Medical and sanitary report on the native army of Bombay for the year
Year: 1879
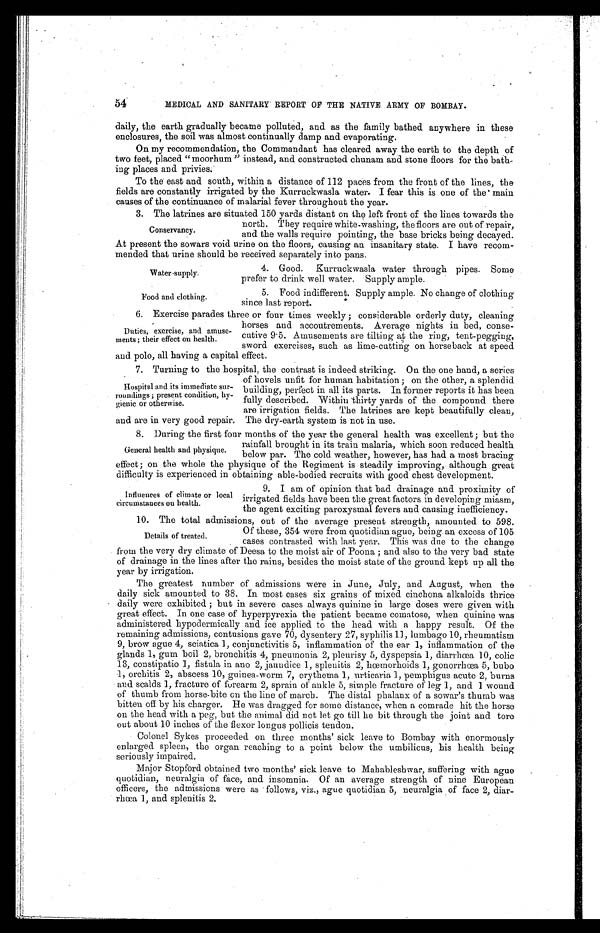
54,
MEDICAL AND SANITARY REPORT OF THE NATIVE ARMY OF BOMBAY.
daily, the earth gradually became polluted, and as the family bathed anywhere in these
enclosures, the soil was almost continually damp and evaporating.
On my recommendation, the Commandant has cleared away the earth to the depth of
two feet, placed "moorhum " instead, and constructed chunam and stone floors for the bath-
ing places and privies.
To the east and south, within a distance of 112 paces from the front of the lines, the
fields are constantly irrigated by the Kurruckwasla water. I fear this is one of the main
causes of the continuance of malarial fever throughout the year.
3. The latrines are situated 150 yards distant on the left front of the lines towards the
north. They require white-washing, the floors are out of repair,
Conservancy. and the walls require pointing, the base bricks being decayed.
At present the sowars void urine on the floors, causing an insanitary state. I have recom-
mended that urine should be received separately into pans.
4. Good. Kurruckwasla water through pipes. Some
prefer to drink well water. Supply ample.
5. Food indifferent. Supply ample. No change of clothing
F and clothing.
since last report.
6. Exercise parades three or four times weekly ; considerable orderly duty, cleaning
horses and accoutrements. Average nights in bed, conse-
cutive 9.5. Amusements are tilting at the ring, tent-pegging,
sword exercises, such as lime-cutting on horseback at speed
and polo, all having a capital effect.
7. Turning to the hospital, the contrast is indeed striking. On the one hand, a series
of hovels unfit for human habitation; on the other, a splendid
building, perfect in all its parts. In former reports it has been
fully described. Within -thirty yards of the compound there
are irrigation fields. The latrines are kept beautifully clean,
and are in very good repair. The dry-earth system is not in use.
8. During the first four months of the year the general health was excellent ; but the
rainfall brought in its train malaria, which soon reduced health
General health and physique. below par. The cold weather, however, has bad a most bracing
effect; on the whole the physique of the Regiment is steadily improving, although great
difficulty is experienced in obtaining able-bodied recruits with good chest development.
9. I am of opinion that bad drainage and proximity of
irrigated fields have been the great factors in developing miasm,
the agent exciting paroxysmal fevers and causing inefficiency.
10.The total admissions, out of the average present strength, amounted to 598.
Of these, 354 were from quotidian ague, being an excess of 105
Details of treated.
cases contrasted with last year. This was due to the change
from the very dry climate of Deesa to the moist air of Poona; and also to the very bad state
of drainage in the lines after the rains, besides the moist state of the ground kept up all the
year by irrigation.
The greatest number of admissions were in June, July, and August, when the
daily sick amounted to 38. In most cases six grains of mixed cinchona alkaloids thrice
daily were exhibited ; but in severe cases always quinine in large doses were given with
great effect. In one case of hyperpyrexia the patient became comatose, when quinine was
administered hypodermically and ice applied to the head with a happy result. Of the
remaining admissions, contusions gave 70, dysentery 27, syphilis 11, lumbago 10, rheumatism
9, brow ague 4, sciatica 1, conjunctivitis 5, inflammation of the ear 1, inflammation of the
glands 1, gum boil 2, bronchitis 4, pneumonia 2, pleurisy 5, dyspepsia 1, diarrhœa 10, colic
13, constipatio 1, fistula in ano 2, jaundice 1, splenitis 2, hœmorhoids 1, gonorrhœa 5, bubo
1, orchitis 2, abscess 10, guinea-worm 7, erythema 1, urticaria 1, pemphigus acute 2, burns
and scalds 1, fracture of forearm 2, sprain of ankle 5, simple fracture of leg 1, and 1 wound
of thumb from horse-bite on the line of march. The distal phalanx of a sowar's thumb was
bitten off by his charger. He was dragged for some distance, when a comrade hit the horse
on the head with a peg, but the animal did not let go till he bit through the joint and tore
out about 10 inches of the flexor longus pollicis tendon.
Colonel Sykes proceeded on three months' sick leave to Bombay with enormously
enlarged spleen, the organ reaching to a point below the umbilicus, his health being
seriously impaired.
Major Stopford obtained two months' sick leave to Mahableshwar, suffering with ague
quotidian, neuralgia of face; and insomnia. Of an average strength of nine European
officers, the admissions were as follows, viz., ague quotidian 5, neuralgia of face 2, diar--
rhœa 1, and splenitis 2.
Water -supply.
Duties, exercise, and amuse-
ments; their effect on health.
Hospital and its immediate sur-
roundings ; present condition, hy-
gienic or otherwise.
Influences of climate or local
circumstances on health.